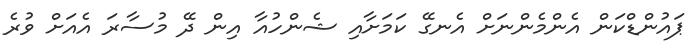
ޕައުންޑްކަން އެންމެންނަށް އެނގޭ ކަމަށާއި ޝެންހުއާ އިން ދޭ މުސާރަ އެއަށް ވުރެ